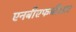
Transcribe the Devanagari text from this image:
एनबीएफजीआर